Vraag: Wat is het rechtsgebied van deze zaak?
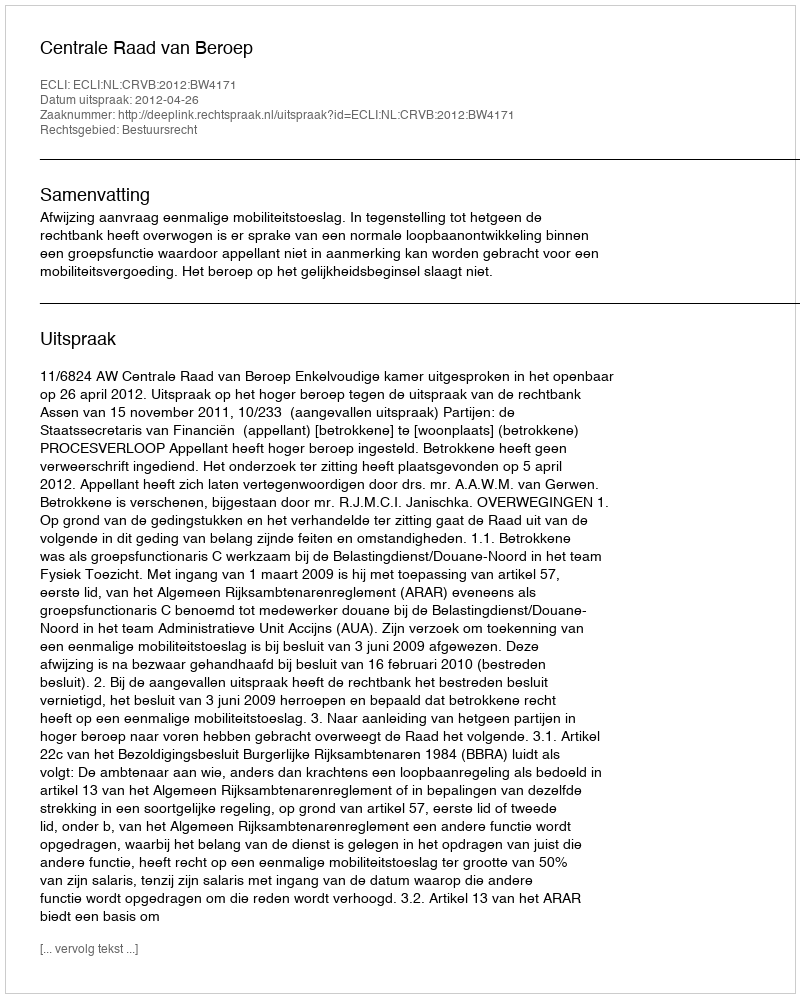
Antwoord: Bestuursrecht